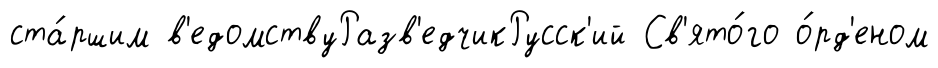
ста́ршим в'едомствуРазв'едчикРусск'ий Св'ято́го о́рд'еном